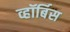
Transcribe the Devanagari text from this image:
व्हॉर्बिस